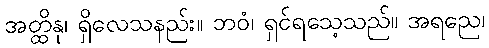
အတ္ထိနု၊ ရှိလေသနည်း။ ဘဝံ၊ ရှင်ရသေ့သည်။ အရညေ၊